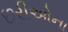
છરીઓના